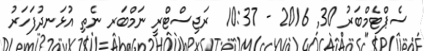
ސެޕްޓެމްބަރު 30